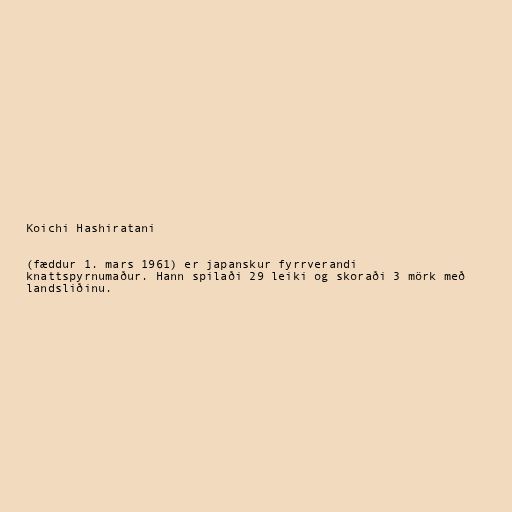
Koichi Hashiratani

(fæddur 1. mars 1961) er japanskur fyrrverandi
knattspyrnumaður. Hann spilaði 29 leiki og skoraði 3 mörk með
landsliðinu.